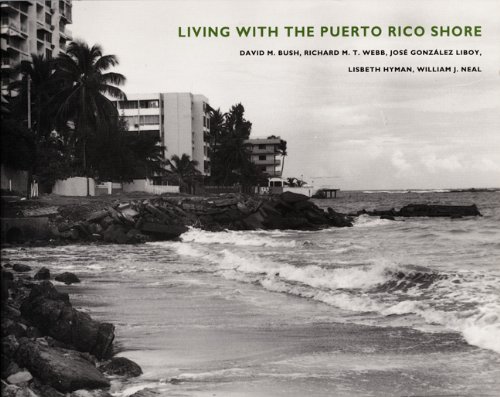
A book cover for Living with the Puerto Rico Shore (Living with the Shore); David M. Bush; Travel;